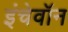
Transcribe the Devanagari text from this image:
इंचेवॉन